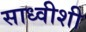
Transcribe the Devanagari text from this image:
साध्वीशी